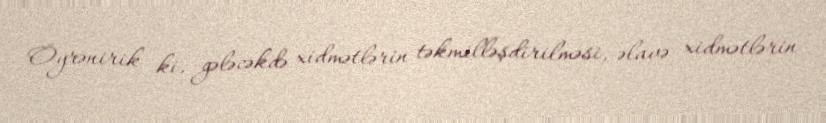
Öyrənirik ki, gələcəkdə xidmətlərin təkmilləşdirilməsi, əlavə xidmətlərin